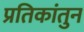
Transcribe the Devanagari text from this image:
प्रतिकांतुन